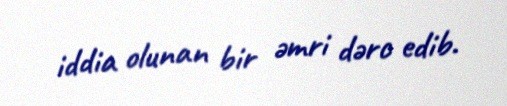
iddia olunan bir əmri dərc edib.